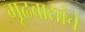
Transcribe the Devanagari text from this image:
गूढवाद्यांचे